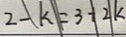
2 - k = 3 + 2 k